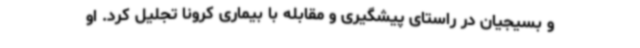
و بسیجیان در راستای پیشگیری و مقابله با بیماری کرونا تجلیل کرد. او